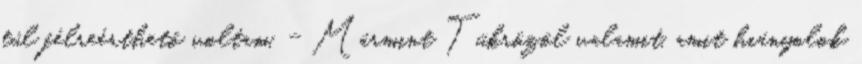
túl félreérthető voltam. - Mármint Tükrözöl valamit, amit hiányolok